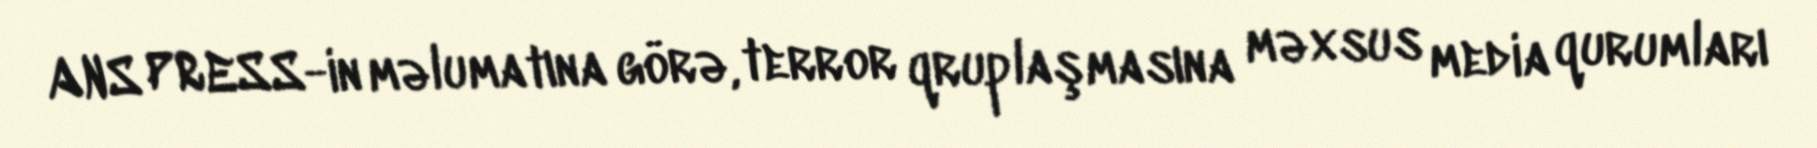
ANS PRESS-in məlumatına görə, terror qruplaşmasına məxsus media qurumları